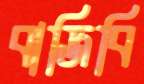
বাজিবি